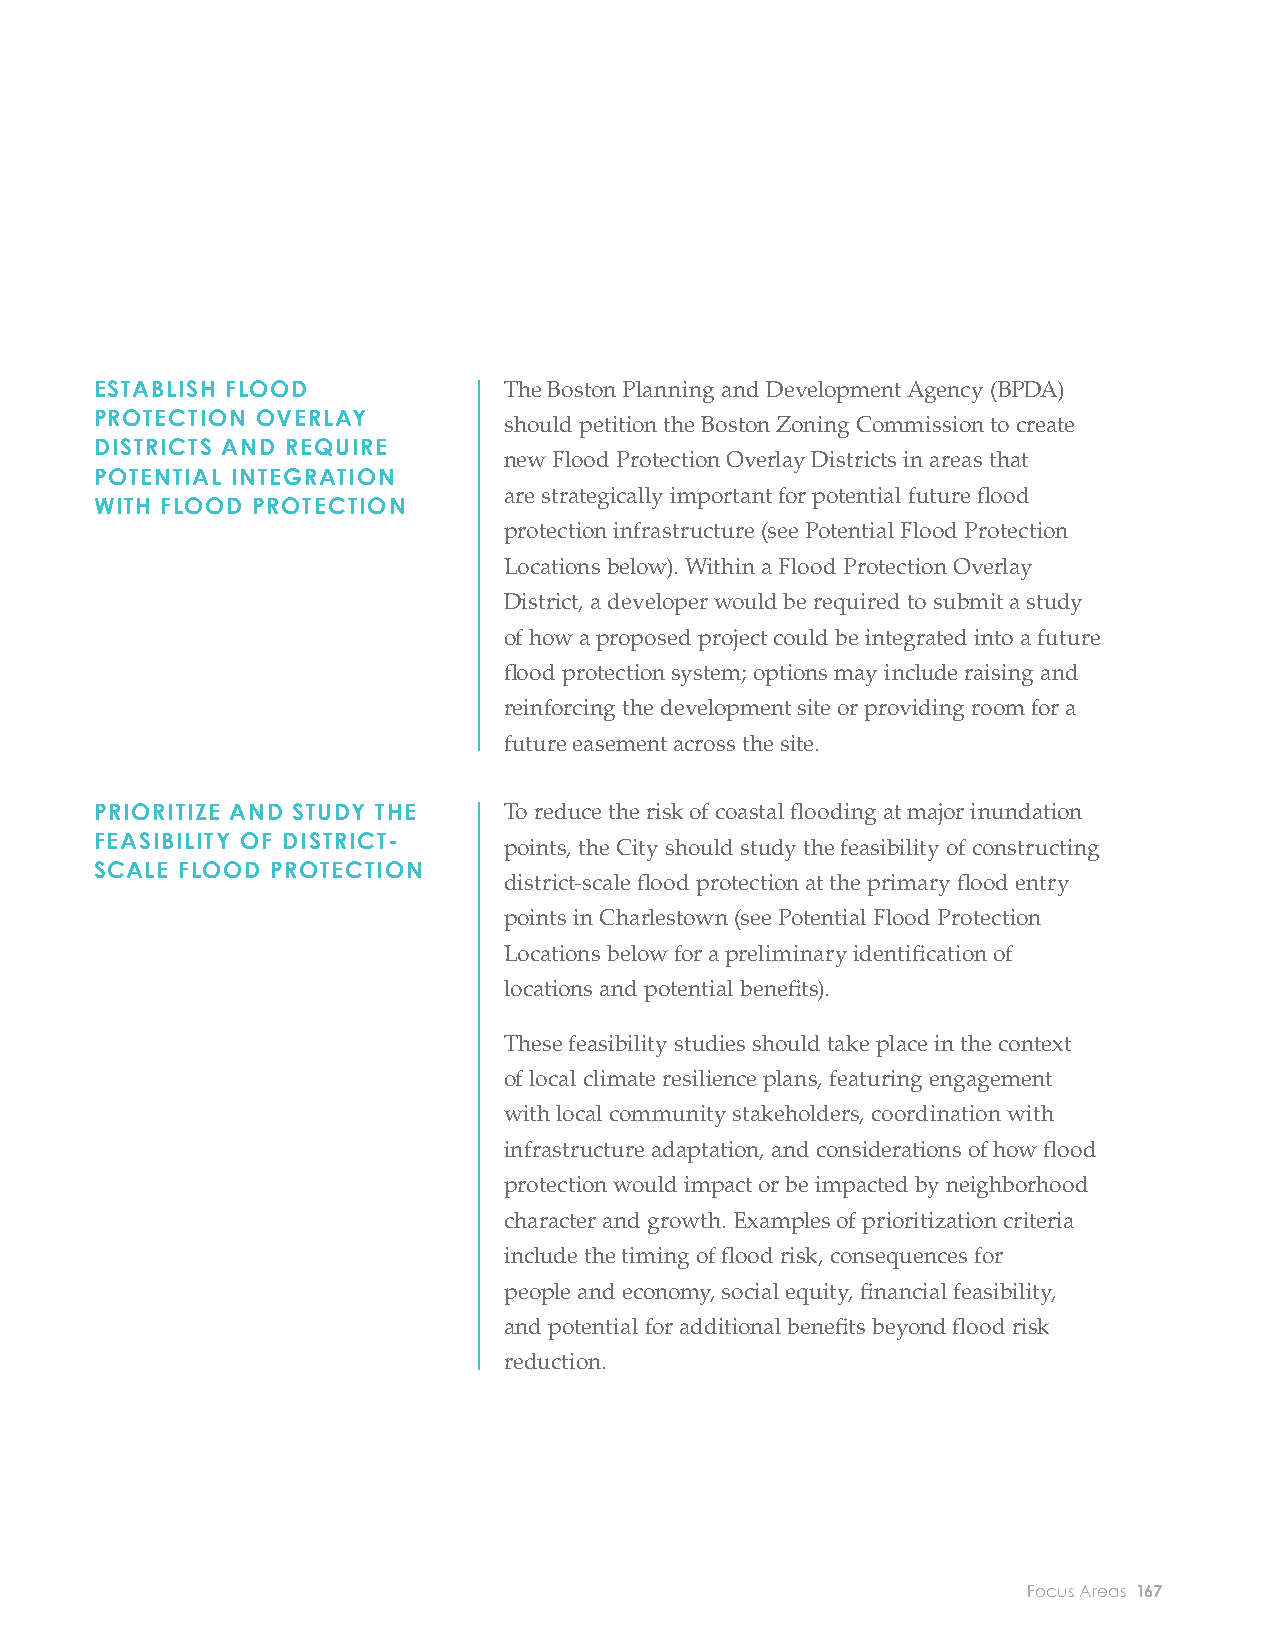
CHARLESTOWN
 APPLICATION OF RESILIENCE INITIATIVES
 PROTECTED SHORES The City should develop a local climate resilience plan for ESTABLISH FLOOD The Boston Planning and Development Agency (BPDA)
 Charlestown to support district-scale climate adaptation. PROTECTION OVERLAY should petition the Boston Zoning Commission to create
 DEVELOP LOCAL DISTRICTS AND REQUIRE
 The plan should include the following: new Flood Protection Overlay Districts in areas that
 CLIMATE RESILIENCE POTENTIAL INTEGRATION
 are strategically important for potential future fl ood
 PLANS TO SUPPORT ◦ Community engagement through a local climate WITH FLOOD PROTECTION
 protection infrastructure (see Potential Flood Protection
 DISTRICT-SCALE
 resilience committ ee, leveraging existing community
 CLIMATE ADAPTATION               Locations below). Within a Flood Protection Overlay
 organizations, and eff orts such as Boston Harbor
 District, a developer would be required to submit a study
 Now’s series of adaptation planning workshops in
 of how a proposed project could be integrated into a future
 Charlestown.
 fl ood protection system; options may include raising and
 ◦ Land-use planning for future fl ood protection reinforcing the development site or providing room for a
 systems, including Flood Protection Overlay Districts future easement across the site.
 in strategically important “fl ood breach points”
 identifi ed below (see Potential Flood Protection PRIORITIZE AND STUDY THE To reduce the risk of coastal fl ooding at major inundation
 Locations). FEASIBILITY OF DISTRICT- points, the City should study the feasibility of constructing
 SCALE FLOOD PROTECTION
 district-scale fl ood protection at the primary fl ood entry
 ◦ Flood protection feasibility studies, evaluating
 points in Charlestown (see Potential Flood Protection
 district-scale fl ood protection, including at locations
 Locations below for a preliminary identifi cation of
 identifi ed below (see Potential Flood Protection
 locations and potential benefi ts).
 Locations).
 These feasibility studies should take place in the context
 ◦ Infrastructure adaptation planning through
 of local climate resilience plans, featuring engagement
 the Infrastructure Coordination Committ ee. For
 with local community stakeholders, coordination with
 Charlestown, the Massachusett s Department of
 infrastructure adaptation, and considerations of how fl ood
 Conservation and Recreation is a key partner, as it
 protection would impact or be impacted by neighborhood
 controls the New Charles River Dam.
 character and growth. Examples of prioritization criteria
 include the timing of fl ood risk, consequences for
 ◦ Coordination with other plans, including Imagine
 people and economy, social equity, fi nancial feasibility,
 Boston 2030, GoBoston 2030, Special Planning Areas,
 and potential for additional benefi ts beyond fl ood risk
 and any potential Municipal Harbor Plan process.
 reduction.
 ◦ Development of fi nancing strategies and governance
 structures to support district-scale adaptation.
 ◦ Partnering with Cambridge and Somerville,
 which are adjacent to Charlestown and connected to
 Charlestown by inundation pathways.
 166 City of Boston: Climate Ready Boston                            Focus Areas 167